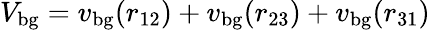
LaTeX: V_{\mathrm{bg}}=v_{\mathrm{bg}}(r_{12})+v_{\mathrm{bg}}(r_{23})+v_{\mathrm{bg}}(r_{31})